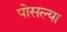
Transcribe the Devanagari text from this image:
पोसल्या